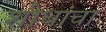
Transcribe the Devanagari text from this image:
शोधांचा